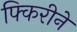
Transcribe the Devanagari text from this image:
फ्किरीने